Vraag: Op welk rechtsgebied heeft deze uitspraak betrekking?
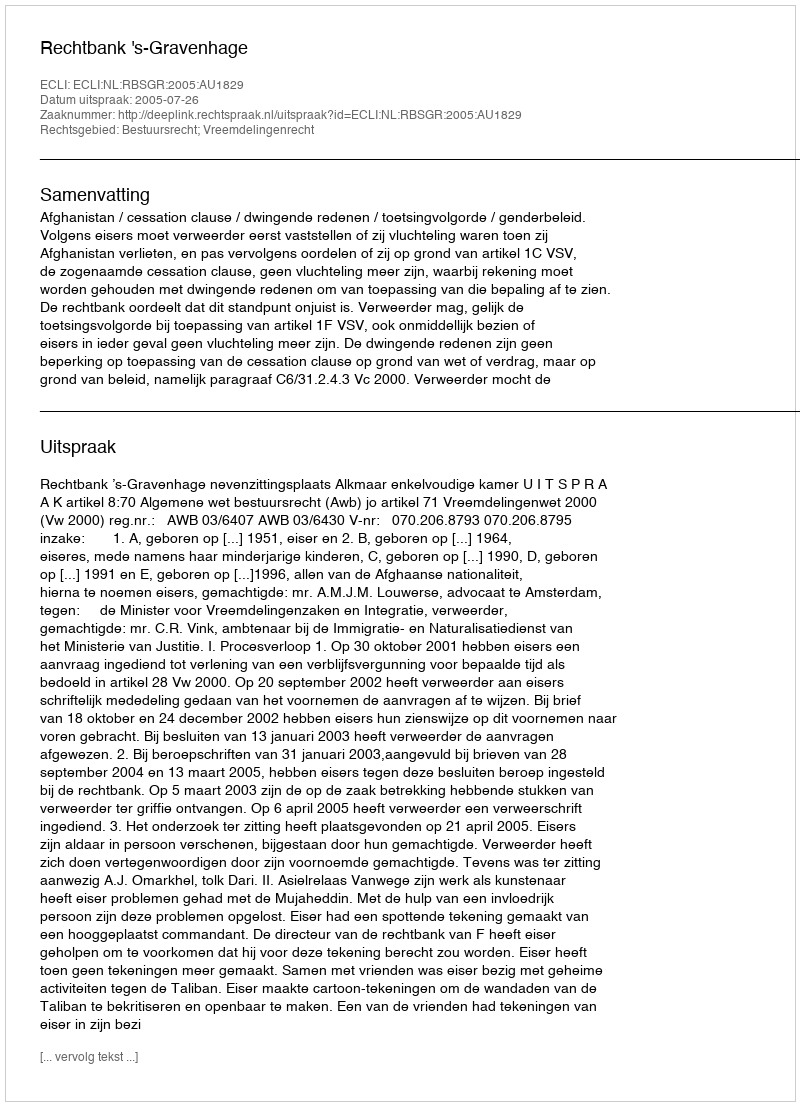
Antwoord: Bestuursrecht; Vreemdelingenrecht